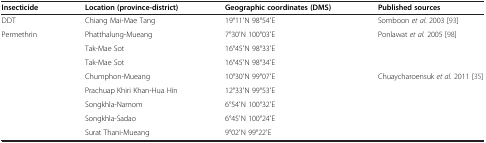
<table><thead><tr><td><b>Insecticide</b></td><td><b>Location (province-district)</b></td><td><b>Geographic coordinates (DMS)</b></td><td><b>Published sources</b></td></tr></thead><tbody><tr><td>DDT</td><td>Chiang Mai-Mae Tang</td><td>19°11′N 98°54′E</td><td>Somboon <i>et al</i>. 2003[93]</td></tr><tr><td>Permethrin</td><td>Phatthalung-Mueang</td><td>7°30′N 100°03′E</td><td>Ponlawat <i>et al.</i> 2005[98]</td></tr><tr><td> </td><td>Tak-Mae Sot</td><td>16°45′N 98°33′E</td><td> </td></tr><tr><td> </td><td>Tak-Mae Sot</td><td>16°45′N 98°34′E</td><td> </td></tr><tr><td> </td><td>Chumphon-Mueang</td><td>10°30′N 99°07′E</td><td>Chuaycharoensuk <i>et al.</i> 2011[35]</td></tr><tr><td> </td><td>Prachuap Khiri Khan-Hua Hin</td><td>12°33′N 99°53′E</td><td> </td></tr><tr><td> </td><td>Songkhla-Namom</td><td>6°54′N 100°32′E</td><td> </td></tr><tr><td> </td><td>Songkhla-Sadao</td><td>6°45′N 100°24′E</td><td> </td></tr><tr><td> </td><td>Surat Thani-Mueang</td><td>9°02′N 99°22′E</td><td> </td></tr></tbody></table>